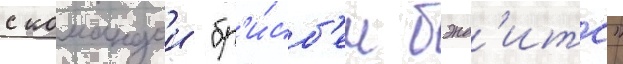
с командои "бр'и́сб'ен бэнд'итс"